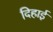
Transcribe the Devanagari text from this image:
दिहाई